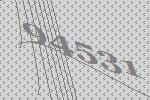
94531